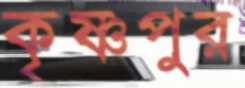
কৃষ্ণপুর